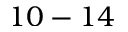
1 0 - 1 4